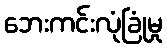
ဘေးကင်းလုံခြုံမှု